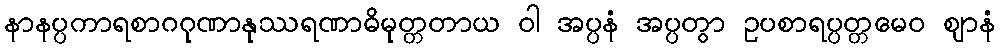
နာနပ္ပကာရစာဂဂုဏာနုဿရဏာဓိမုတ္တတာယ ဝါ အပ္ပနံ အပ္ပတွာ ဥပစာရပ္ပတ္တမေဝ ဈာနံ